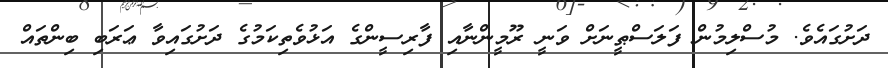
ދަށުގައެވެ. މުސްލިމުން ފަލަސްޠީނަށް ވަނީ ރޫމީންނާއި ފާރިސީންގެ އަޅުވެތިކަމުގެ ދަށުގައިވާ ޢަރަބި ބިންތައް